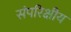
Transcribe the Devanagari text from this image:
संपरिक्षीय